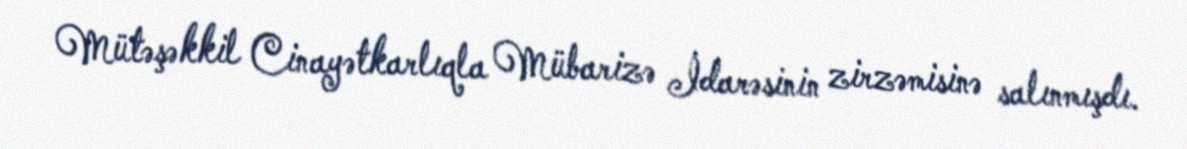
Mütəşəkkil Cinayətkarlıqla Mübarizə İdarəsinin zirzəmisinə salınmışdı.